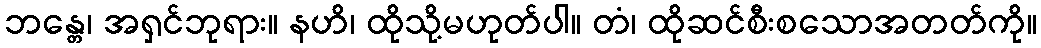
ဘန္တေ၊ အရှင်ဘုရား။ နဟိ၊ ထိုသို့မဟုတ်ပါ။ တံ၊ ထိုဆင်စီးစသောအတတ်ကို။